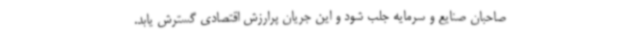
صاحبان صنایع و سرمایه جلب شود و این جریان پرارزش اقتصادی گسترش یابد.